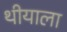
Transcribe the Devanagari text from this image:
थीयाला